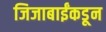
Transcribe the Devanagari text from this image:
जिजाबाईंकडून